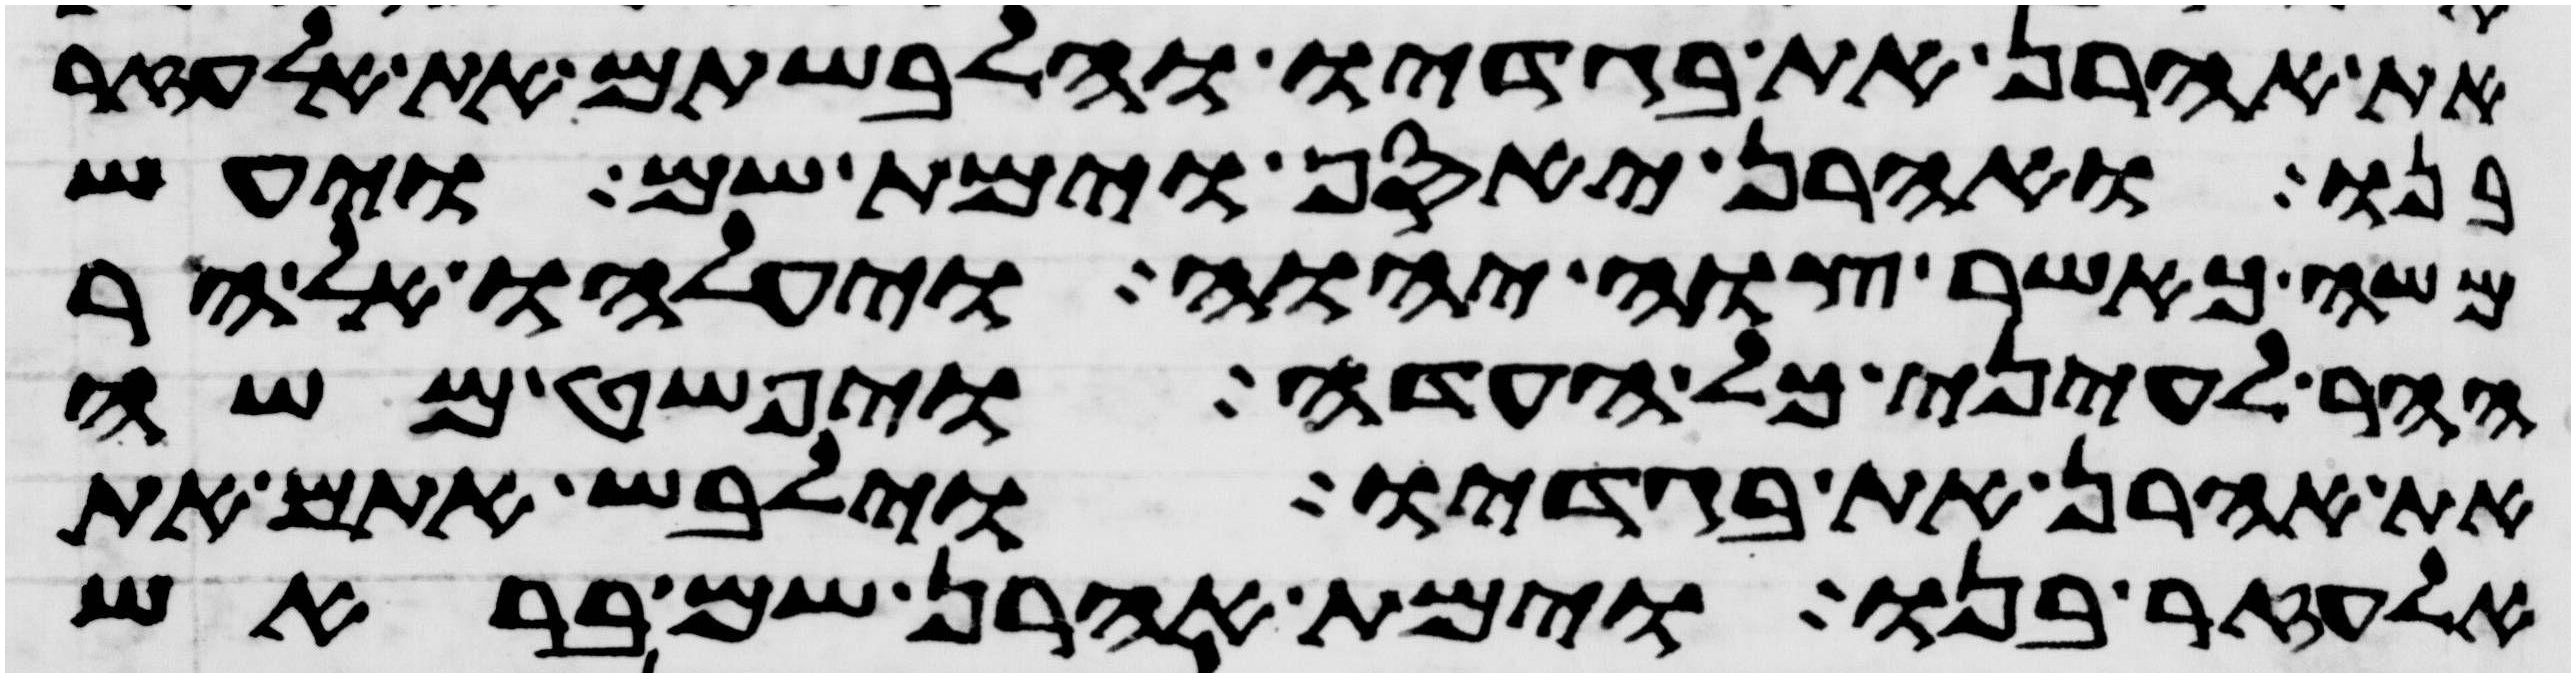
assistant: את אהרן את בגדיו והלבשתם את אלעזר
בנו ואהרן יאסף וימת שם ויעש
משה כאשר צוה יהוה ויעלהו אל הר
ההר לעיני כל העדה ויפשט משה
את אהרן את בגדיו וילבש אתם את
אלעזר בנו וימת אהרן שם בראש